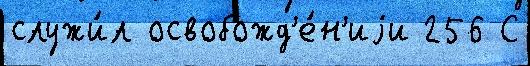
служи́л освобожд'е́н'иjи 256 С